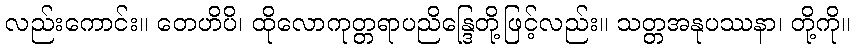
လည်းကောင်း။ တေဟိပိ၊ ထိုလောကုတ္တရာပညိန္ဒြေတို့ဖြင့်လည်း။ သတ္တအနုပဿနာ၊ တို့ကို။